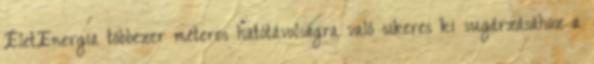
ÉletEnergia többezer méteres hatótávolságra való sikeres ki sugárzásához a